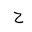
Letter: _ha